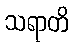
သရာတိ